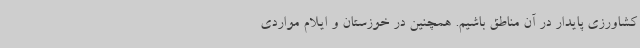
کشاورزی پایدار در آن مناطق باشیم. همچنین در خوزستان و ایلام مواردی